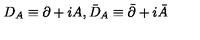
D _ { A } \equiv \partial + i A , \bar { D } _ { A } \equiv \bar { \partial } + i \bar { A }